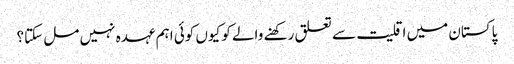
پاکستان میں اقلیت سے تعلق رکھنے والے کو کیوں کوئی اہم عہدہ نہیں مل سکتا؟